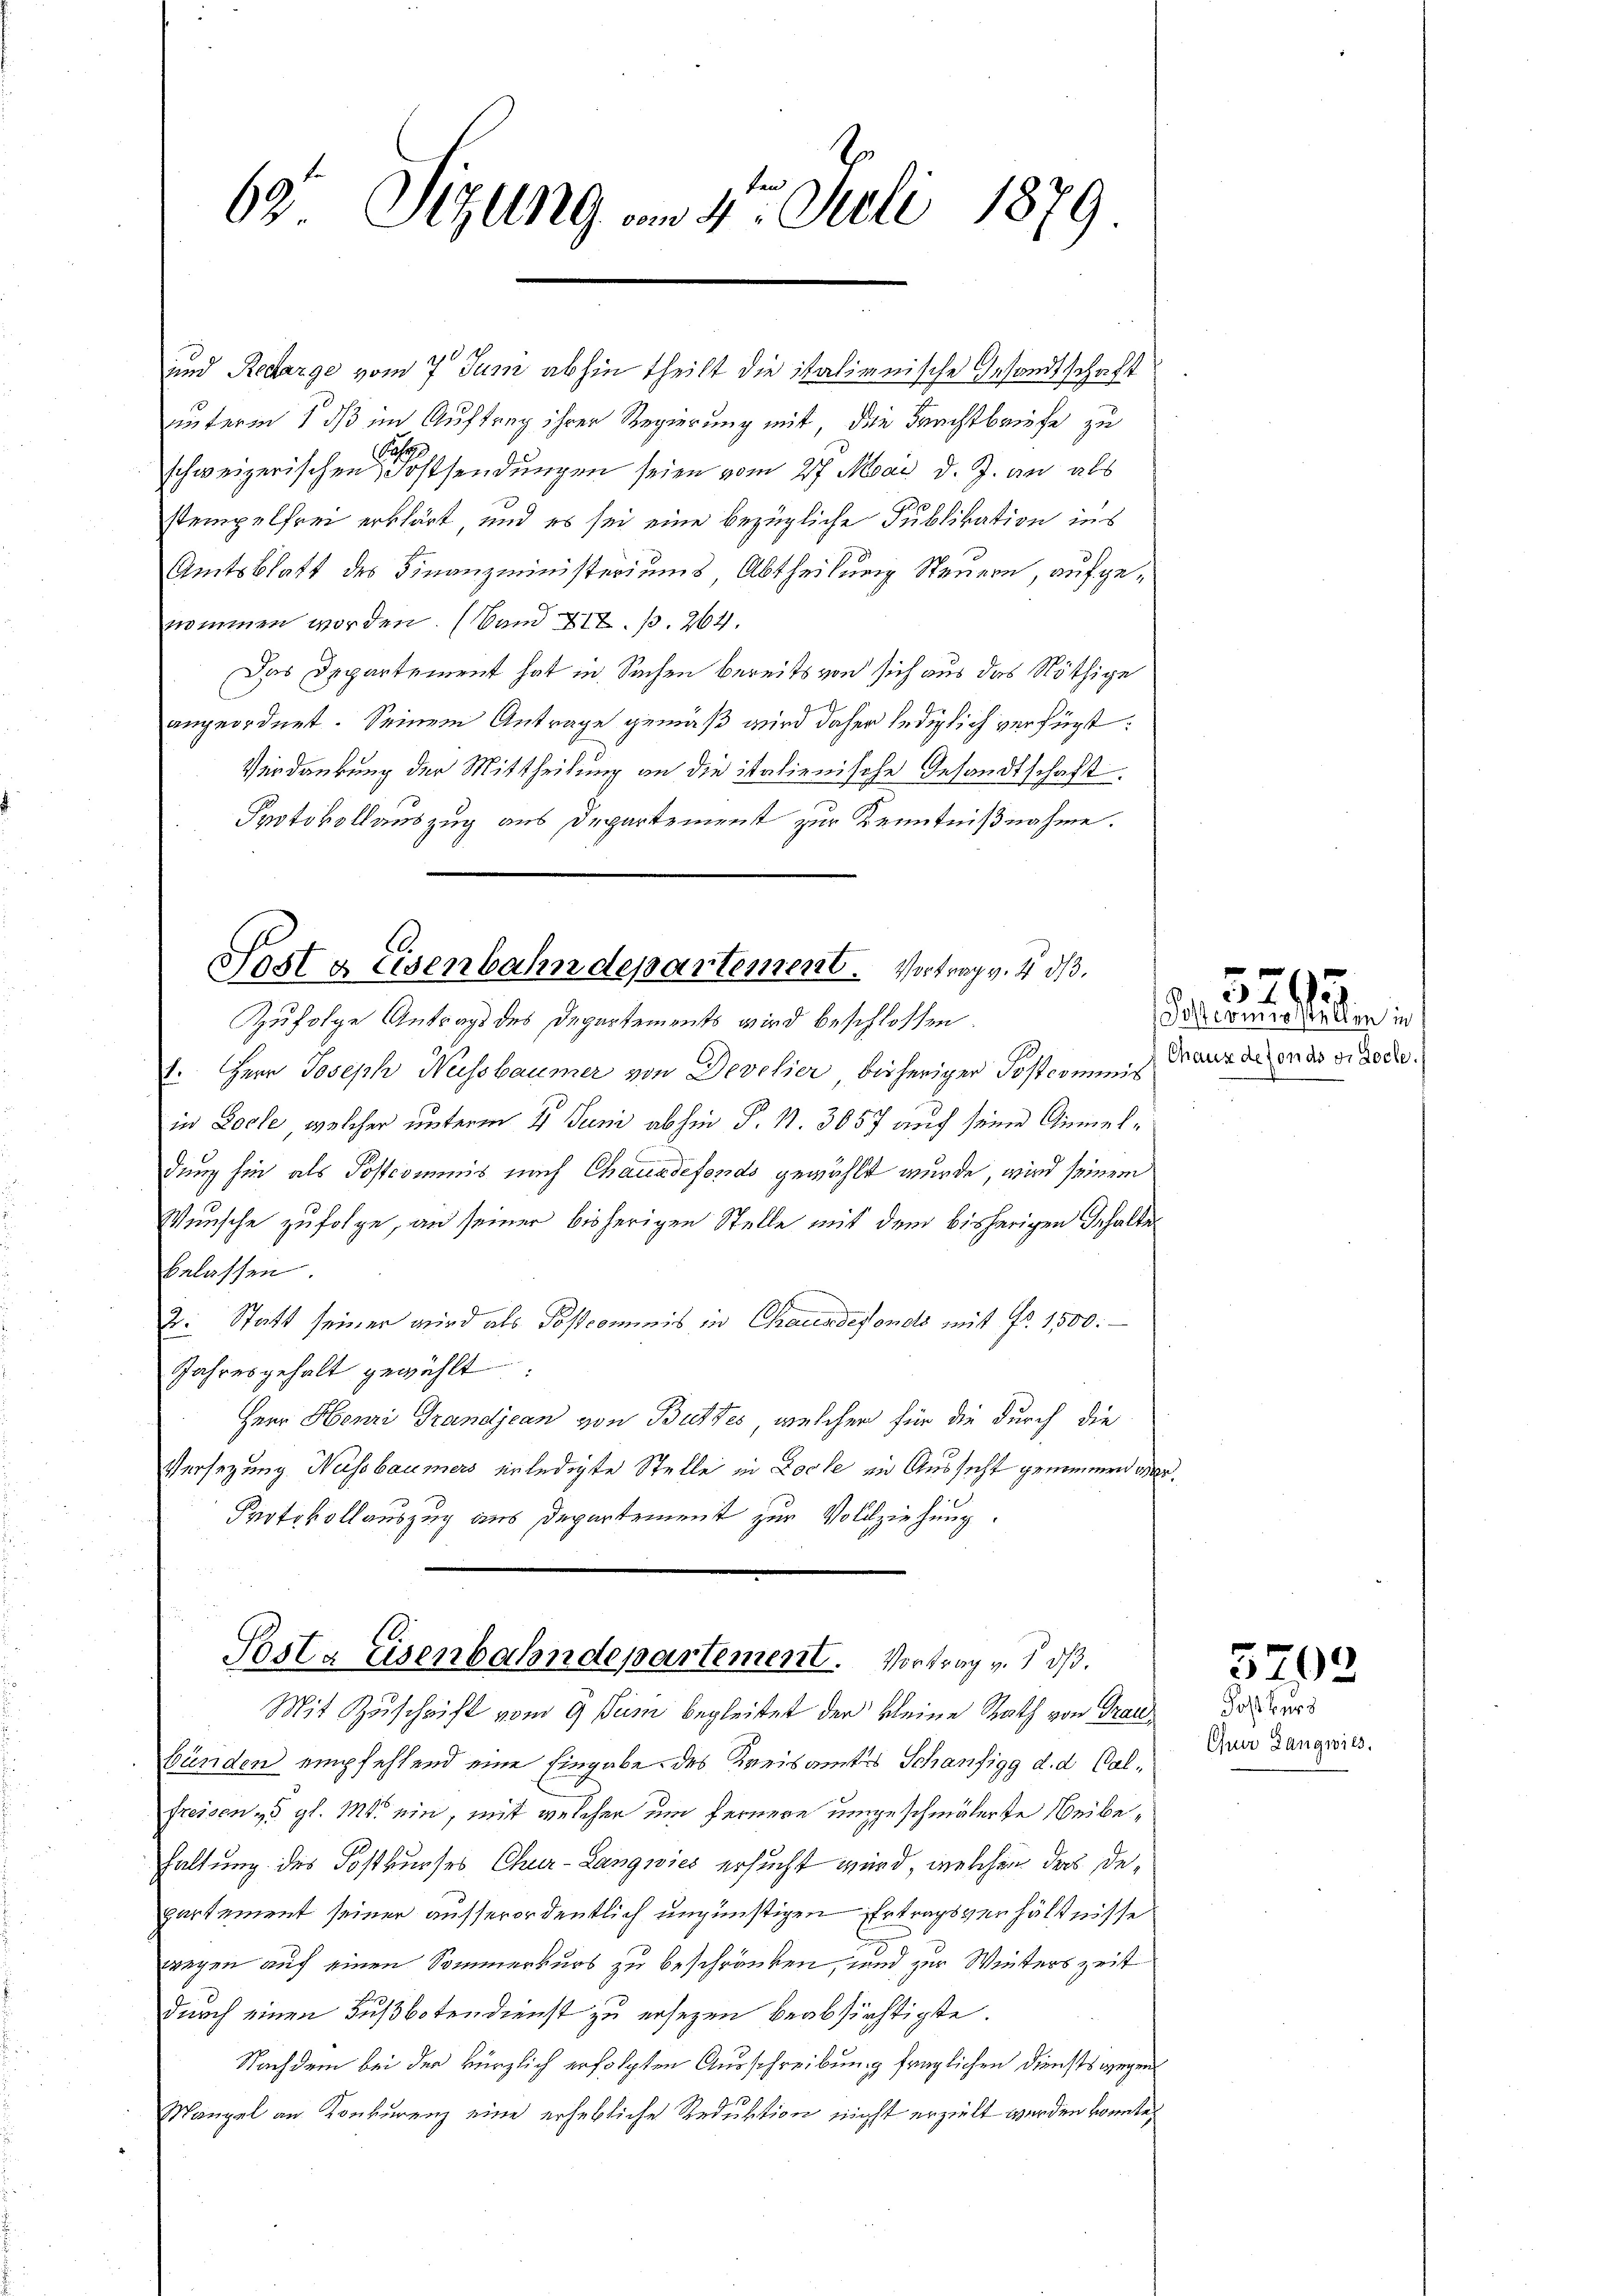
en
1
63. Sizung vom 4. Juli 1879.

10
unterm 1 dß im Auftrag ihrer Regierung mit, die Frachtbriefe zu
A
schweizerischen Festsendungen seien vom 27. Mai d. J. an als
stempelfrei erklärt, und es sei eine bezügliche Publikation ins
Amtsblatt des Finanzministeriums Abtheilung Steuern, aufgenommen worden. (Sand XII. p. 264.
Das Departement hat in Sachen bereits von sich aus das Nöthige
angeordnet. Seinem Antrage gemäß wird daher lediglich verfügt:
Verdankung der Mittheilung an die italienische Gesandtschaft.
Protokollauszug aus Departement zur Kenntnißnahme.

und Recharge vom 7 Juni abhin theilt die italianische Gesandtschaft

Post & Eisenbahndepartement. Vortrag v. S. 313.
Zufolge Antrags des Departements wird beschlossen:

Herr Joseph Nussbaumer von Devetier, bisheriger Postcomung Marieren des ordode.
in Loche, welcher unterm 4. Juni abhin P. N. 3057 auf seine Anmeldung hin als Postcommnis nach Chauxdefonds gewählt wurde, wird seinem
Wünsche zufolge, an seiner bisherigen Stelle mit dem bisherigen Inhalte
belassen.
2: Statt seiner wird als (...)commis in Chausdefonds mit Fr. 1500.-
Jahresgehalt gewählt:
Herr Henri Grandjean von Buttes, welcher für die durch die
Versezung Nessbaumers erledigte Stelle in Loche in Aussicht gemeiner oder
Protokollauszug aus Departement zur Vollziehung.

Posta Eisenbahndepartement. Vortrag v. 5. ds.

Mit Zuschrift vom 9. Juni begleitet der kleine Rath von Traubünden empfehlend eine Eingabe des Kreisamtes Schanfigg d. d. Calfreisen & 5 gl. Mt. ein, mit welcher um fernere umgeschmälerte Beibehaltung des Kostkurses Chur-Langwies ersucht wird, welcher das Departement seiner ausserordentlich ungünstigen Ertragsverhältnisse
wegen auf einen Sommerkurs zu beschränken, und zur Winters zeit
durch einen Fußbotendienst zu ersezen beabsichtigte.
Nachdem bei der kürzlich erfolgten Ausschreibung fraglichen Diensts gegen
Mangel an Konkurenz eine erhebliche Reduktion nicht erzielt werden konnte,

alcomitein

57

5792

Postkurs
Quer Langwils.